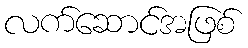
လက်ဆောင်အဖြစ်